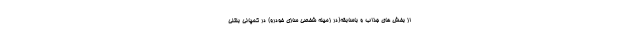
از بخش های جذاب و باسابقه(در زمینه شخصی سازی خودرو) در کمپانی بنتلی